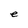
Character: e